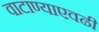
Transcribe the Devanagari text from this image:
वाटाण्याएवढी